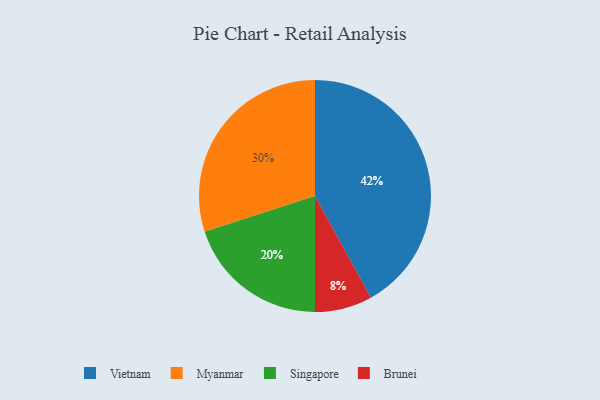
{"axis": {"x": "Category", "y": "Percentage"}, "legend": ["Brunei", "Myanmar", "Singapore", "Vietnam"], "data": [{"x": "Brunei", "y": 8, "type": "Brunei"}, {"x": "Singapore", "y": 20, "type": "Singapore"}, {"x": "Myanmar", "y": 30, "type": "Myanmar"}, {"x": "Vietnam", "y": 42, "type": "Vietnam"}]}